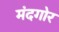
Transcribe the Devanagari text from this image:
मंदगोर